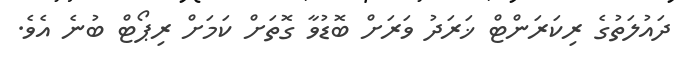
ދައުލަތުގެ ރިކަރަންޓް ޚަރަދު ވަރަށް ބޮޑުވާ ގޮތަށް ކަމަށް ރިޕޯޓް ބުނެ އެވެ.